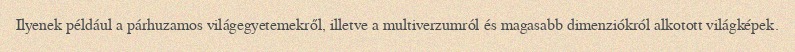
Ilyenek például a párhuzamos világegyetemekről, illetve a multiverzumról és magasabb dimenziókról alkotott világképek.